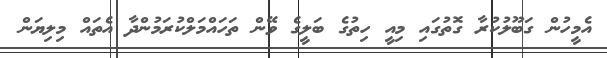
އެމީހުން ގަބޫލުކުރާ ގޮތުގައި މިއީ ހިތުގެ ބަލީގެ ވޭން ތަހައްމަލްކުރަމުންދާ އެތައް މިލިޔަން